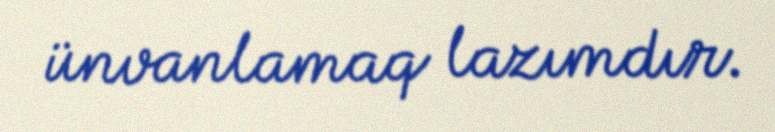
ünvanlamaq lazımdır.